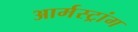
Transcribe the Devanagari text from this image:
आर्मस्‍ट्रांग